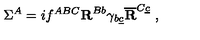
\Sigma ^ { A } = i f ^ { A B C } { \bf R } ^ { B b } \gamma _ { b \underline { c } } \overline { { \bf R } } ^ { C \underline { c } } \ ,